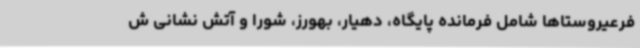
فرعیروستاها شامل فرمانده پایگاه، دهیار، بهورز، شورا و آتش نشانی ش